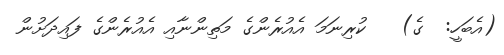
(އެބަހީ:  ގެ)   ކުރިނަމަ އެއުރެންގެ މަތިންނާއި އެއުރެންގެ ފައިދަށުން